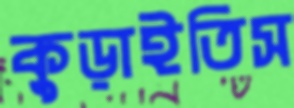
কুড়াইতিস